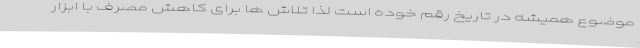
موضوع همیشه در تاریخ رقم خوده است لذا تلاش ها برای کاهش مصرف با ابزار